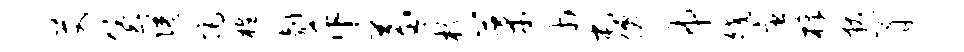
艾堡隘拒樵剞斥兼核芽巾屯仙帝皎唐樟狄膏